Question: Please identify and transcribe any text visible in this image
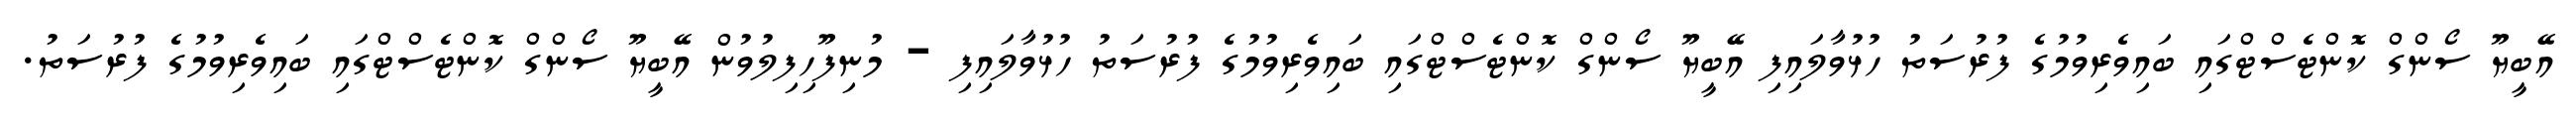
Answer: އޭބީޔޫ ސޯންގް ކޮންޓެސްޓްގައި ބައިވެރިވުމުގެ ފުރުސަތު ހުޅުވާލައިފި އޭބީޔޫ ސޯންގް ކޮންޓެސްޓްގައި ބައިވެރިވުމުގެ ފުރުސަތު ހުޅުވާލައިފި - މުނިފޫހިފިލުވުން އޭބީޔޫ ސޯންގް ކޮންޓެސްޓްގައި ބައިވެރިވުމުގެ ފުރުސަތު.